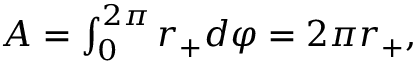
\begin{array} { r } { A = \int _ { 0 } ^ { 2 \pi } r _ { + } d \varphi = 2 \pi r _ { + } , } \end{array}